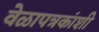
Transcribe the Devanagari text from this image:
वेळापत्रकांशी